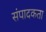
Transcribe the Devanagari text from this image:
संपादकता